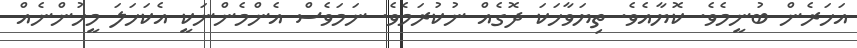
އަހަރެން ބުނީމެވެ. ކޮޔާއެވެ. ތިޔަވާހަކަ ދޮގެއް ނުކުރަމެވެ. ނަމަވެސް އެންމެންނަކީ އެކަހަލަ މީހުންނެއް